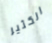
الكثير